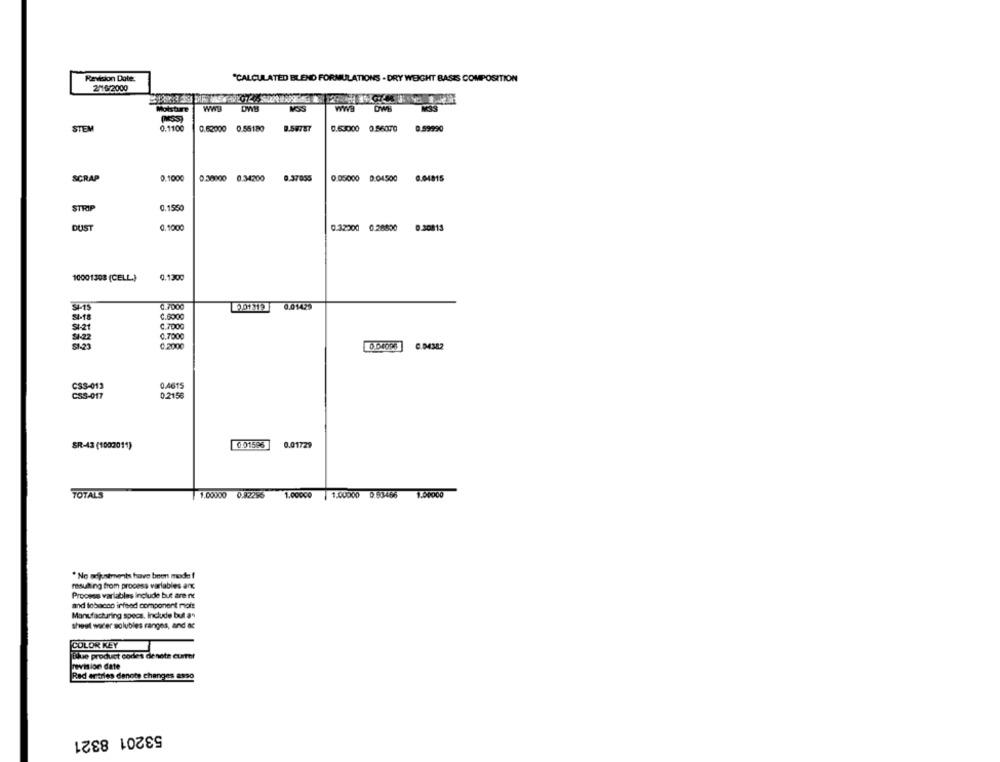
Revision Date:
"CALCULATED BLEND FORMULATIONS - DRY WEIGHT BASES COMPOSITION
2016/2000
DWB
WWa
Moisture
STEM
0.1100
0.62000 0.56180
8.58787
0.53000 0.56070
0.99990
0.1000
SCRAP
0.30000
0.34200
9.37055
0.05000 0.04500
0.04815
STRIP
0.1550
DUST
0.1000
0.32200
0.28800
0.30813
10001308 (CELL.)
0.1300
SP-15
0.7000
0.01475
201319
54-18
C.6000
C.7000
$4-22
C.7000
C.2000
0.04382
CS3-013
0.4615
CSS-017
0.2156
0.01729
SR-43 (1002011)
6.01596
TOTALS
1.00000 0.82295 1.00000 | 1.00000 0.83466 1.60000
* No adjustments have been made !
resulting from process varlables arc
Process variables include but are ne
and tobacco infeed component mois
Manufacturing specs, Include but as
sheet water solubles ranges, and ac
COLOR KEY
Blue product codes denote currer
revision date
Red ertiles denote changes asso
53201 8321